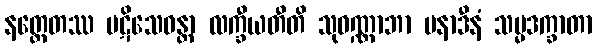
နတ္ထေတဿ ပဋိသေဝန္တာ လက္ခီယတီတိ သုဝဏ္ဏာဘာ မနာဒီနံ သမ္မဒက္ခာတာ